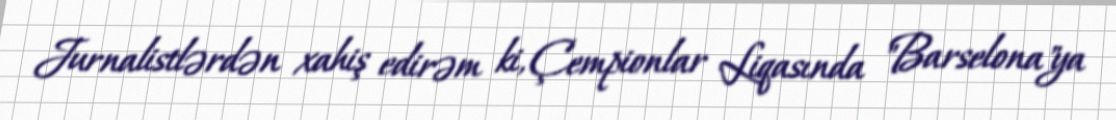
Jurnalistlərdən xahiş edirəm ki, Çempionlar Liqasında "Barselona"ya